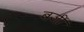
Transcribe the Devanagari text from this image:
बजीं